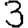
Digit: 3